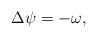
LaTeX: \begin{align*}\Delta \psi=-\omega,\end{align*}